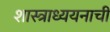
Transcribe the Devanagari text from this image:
शास्त्राध्ययनाची